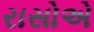
રાસોએ